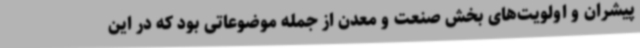
پیشران و اولویت‌های بخش صنعت و معدن از جمله موضوعاتی بود که در این